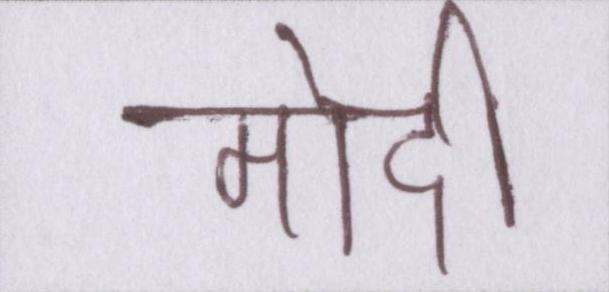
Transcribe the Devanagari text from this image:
मोदी